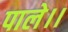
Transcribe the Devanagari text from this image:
पाले।।